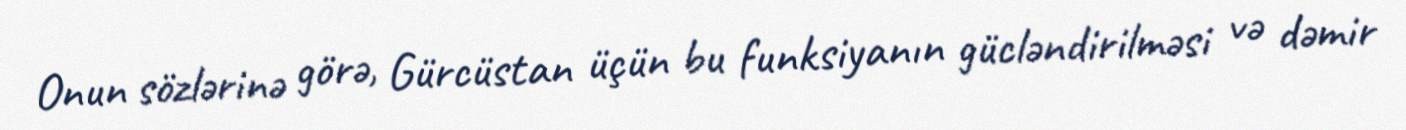
Onun sözlərinə görə, Gürcüstan üçün bu funksiyanın gücləndirilməsi və dəmir